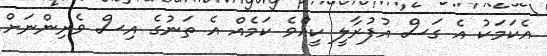
އެކަމަކު އެ ގަސް އުފުރާލީ ކީއްވެ ކަމެއް އެ ތަނުގެ އިސް ވެރިންނަށް